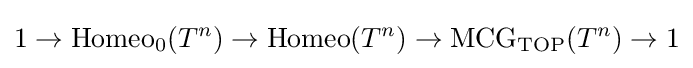
1\to \operatorname {Homeo} _{0}(T^{n})\to \operatorname {Homeo} (T^{n})\to \operatorname {MCG} _{\operatorname {TOP} }(T^{n})\to 1